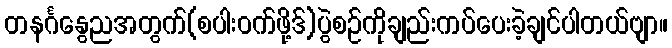
တနင်္ဂနွေညအတွက်(စပါးဝက်ဖို့ဒ်)ပွဲစဉ်ကိုချည်းကပ်ပေးခဲ့ချင်ပါတယ်ဗျာ။